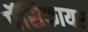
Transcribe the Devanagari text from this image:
पॅसिफायर